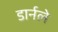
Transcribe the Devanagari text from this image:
डार्नले